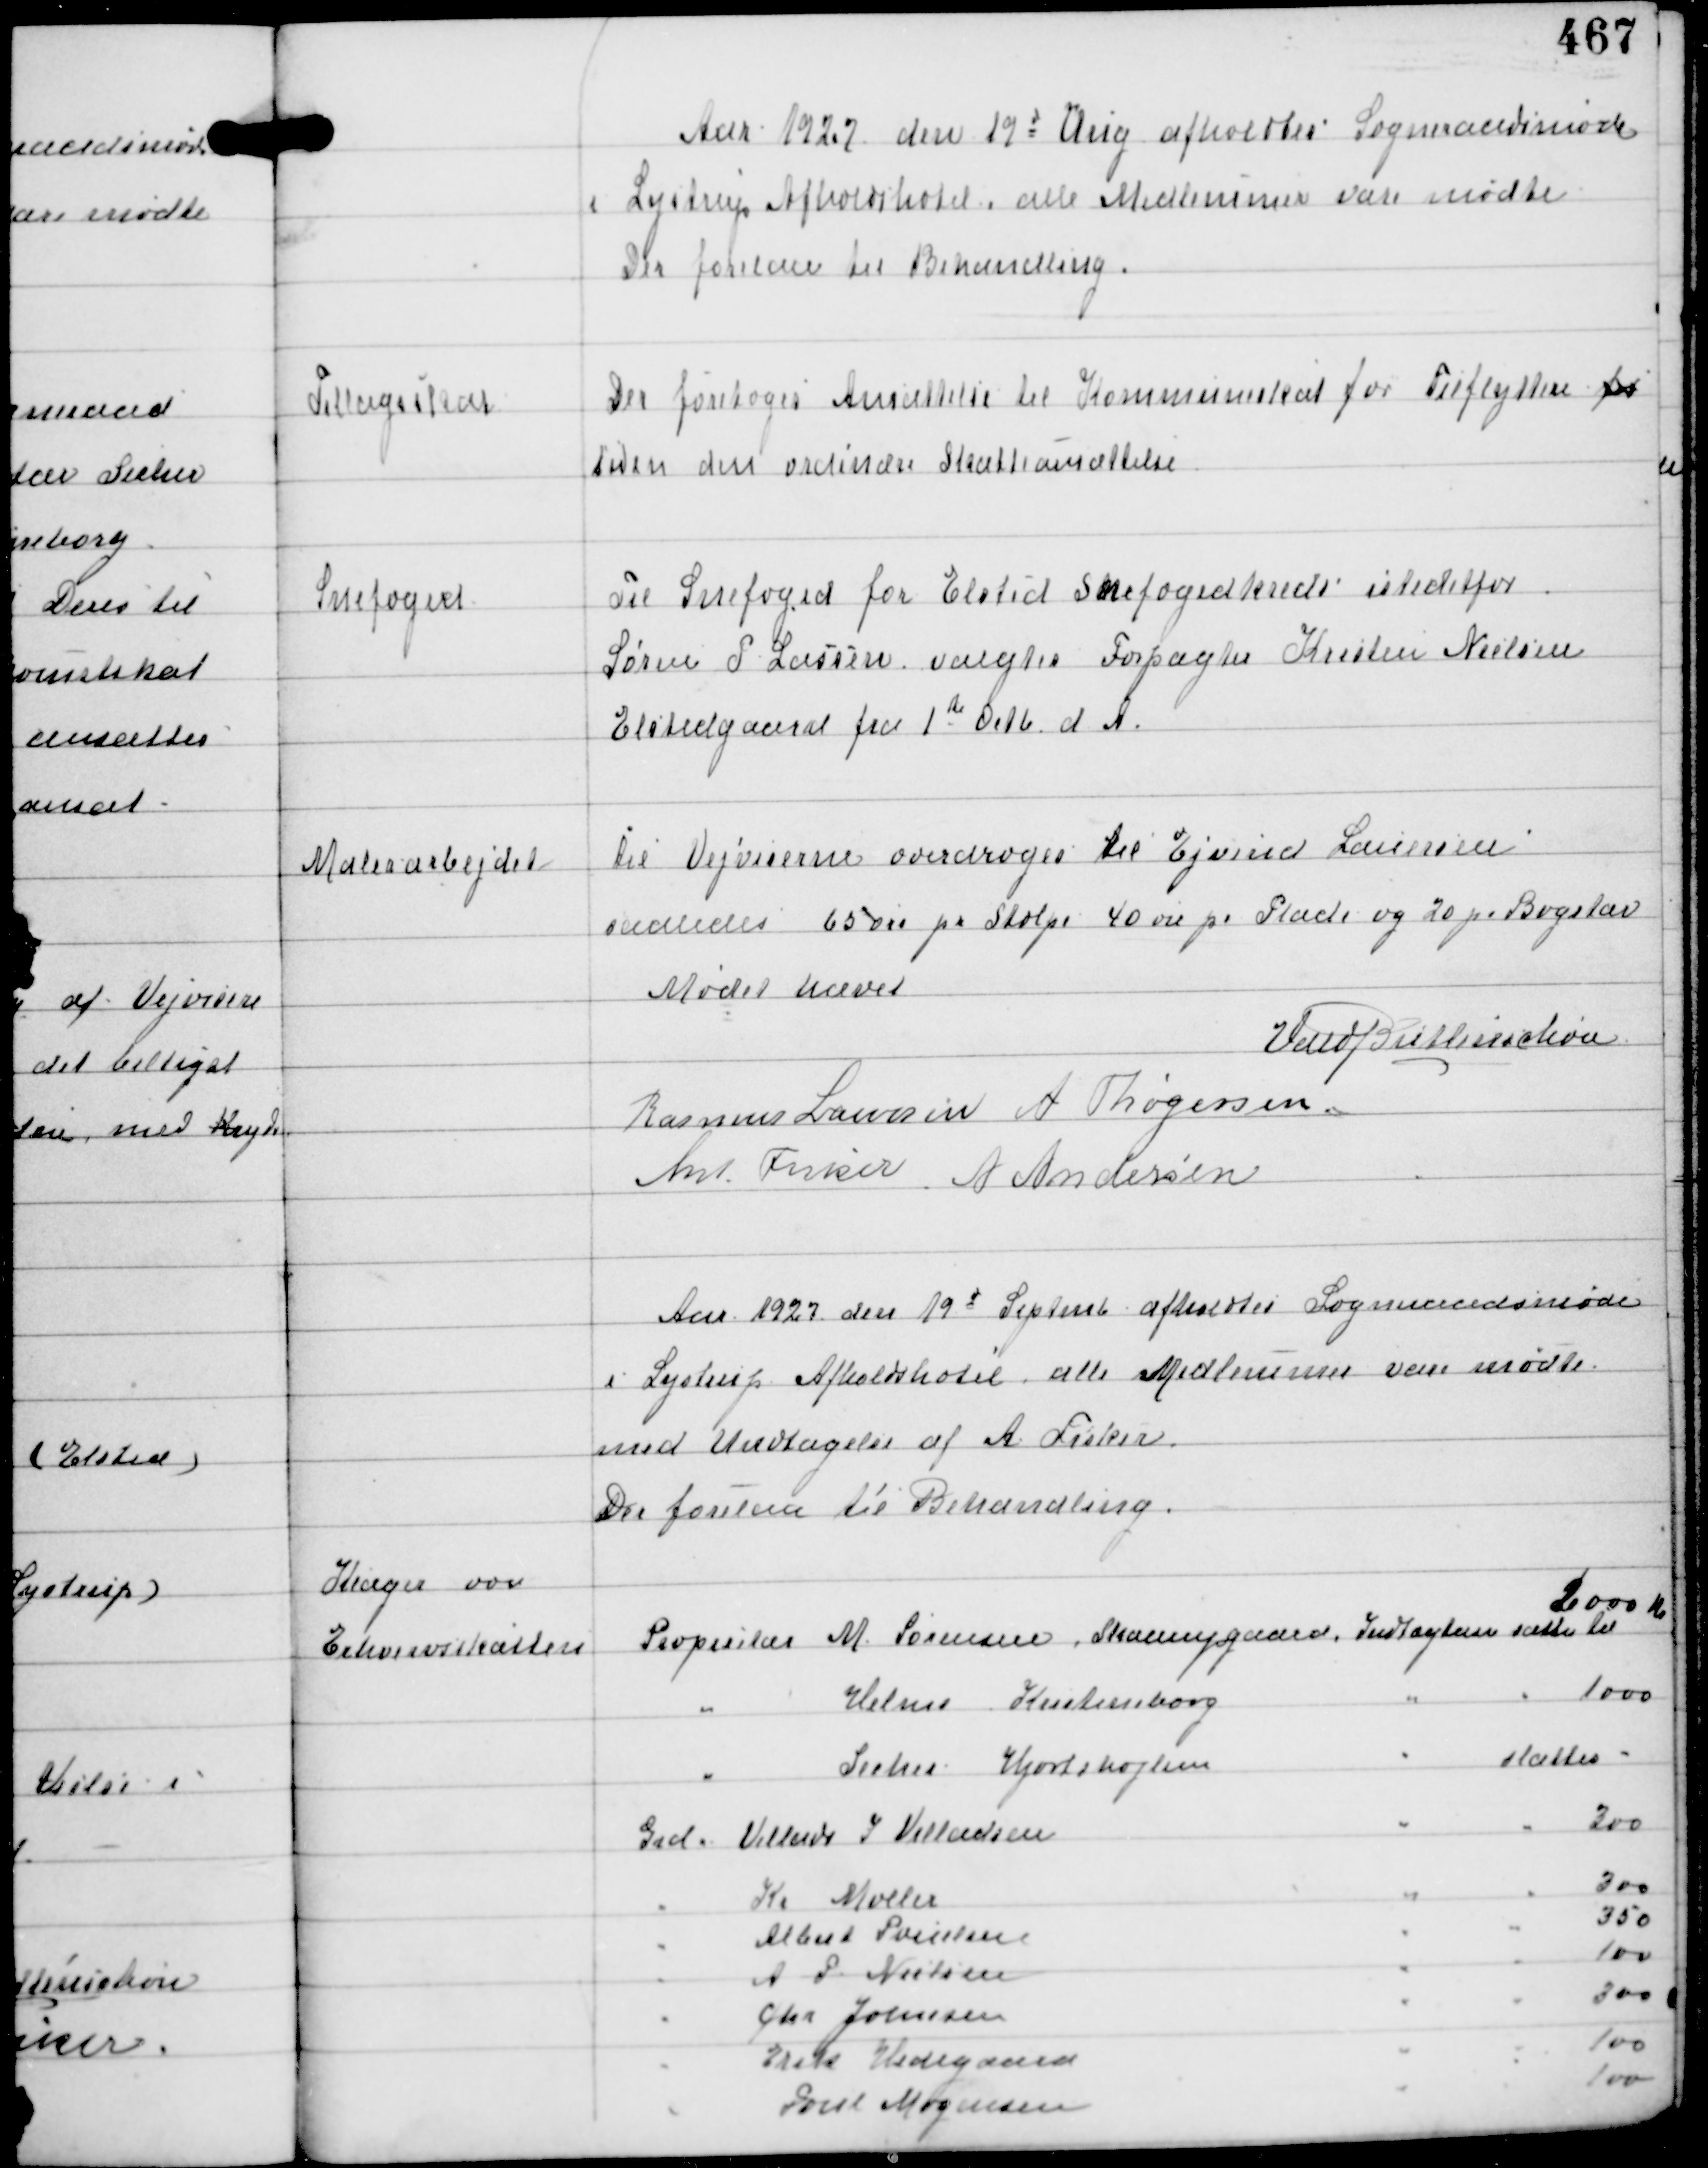
Transskription:
Aar 1927 den 19d Aug afholdtes Sogneraadsmøde
i Lystrup Afholdshotel, alle Medlemmer vare mødte
Der forelaa til Behandling.

Tillægsskat

Der foretoges Ansættelse til Kommuneskat for Tilflyttere for
inden den ordinære Skatteansættelse.

Snefoged

Til Snefoged for Elsted Snefogedkreds istedetfor
Søren P Lassen valgtes Forpagter Kresten Nielsen
Elstedgaard fra 1st Octb d A.

Malerarbejdet

til Vejviserne overdroges til Ejvind Lauersen
saaledes 65 øre pr Stolpe 40 øre pr Plade og 20 pr Bogstav

Mødet hævet
Vald Buttenschøn
Rasmus Laursen A Thøgersen
Ant Fisker A Andersen

Aar 1927 den 19d Septmb afholdtes Sogneraadsmøde
i Lystrup Afholdshotel, alle Medlemmer vare mødte
med Undtagelse af A. Fisker.
Der forelaa til Behandling.

Klager over
Erhvervsskatten